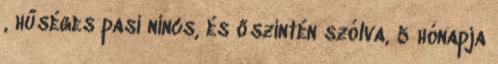
, hűséges pasi nincs, és őszintén szólva, 5 hónapja